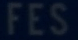
FES